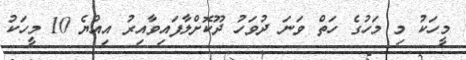
މީހަކު މި މަހުގެ ހަތް ވަނަ ދުވަހު ދޫކޮށްލާފައިވާއިރު އިއްޔެ 10 މީހަކު